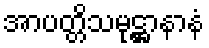
အာပတ္တိသမုဋ္ဌာနာနံ